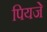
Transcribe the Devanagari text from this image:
पियजे